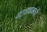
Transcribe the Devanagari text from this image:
वटवाघळांची